Vaccination in Bombay 1874-1876 - 1874-1876
Year: 1874
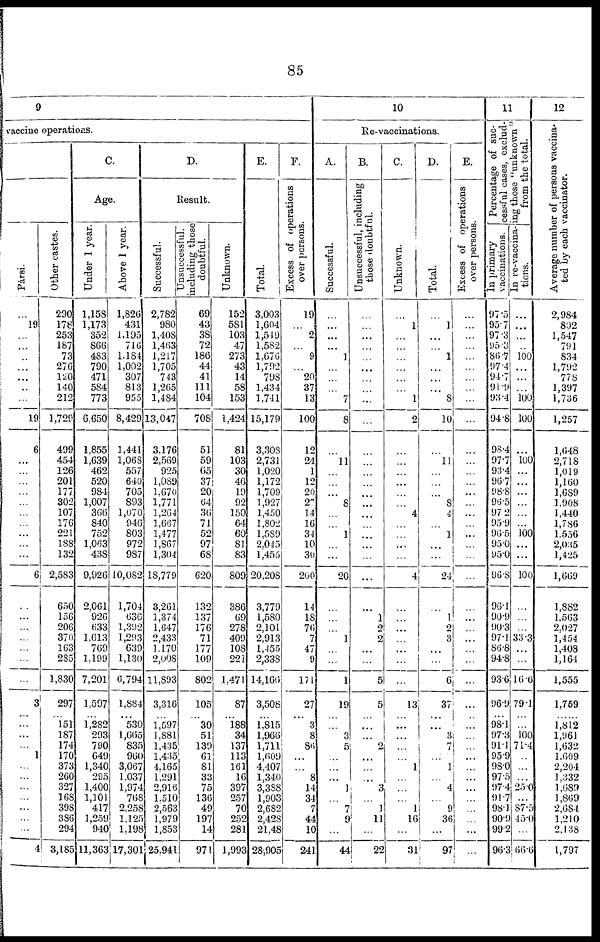
85
9
vaccine operations.
Pársi.
...
19
...
...
...
...
...
...
...
19
6
...
...
...
...
...
...
...
...
...
...
6
...
...
...
...
...
...
...
3
...
...
...
1
...
...
...
...
...
...
...
4
Other castes.
290
178
253
187
73
276
120
140
212
1,729
499
454
126
201
177
302
107
176
221
188 132
2,583
650
156
206
370
163
285
1,830
297
...
151
187
174
170
373
260
327
168
398
386
294
3,185
C.
Age.
Under 1 year.
1,158
1,173
352
866
483
790
471
584
773
6,650
1,855
1,639
462
520
984
1,007
366
840
752
1,063
438
9,926
2,061
926
633
1,613
769
1,199
7,201
1,597
...
1,282
293
790
649
1,340
295
1,400
1,101
417
1,259
940
11,363
Above 1 year.
1,826
431
1,195
716
1,184
1,002
307
813
955
8,429
1,441
1,068
557
640
705
893
1,070
946
803
972
987
10,082
1,704
636
1,392
1,293
639
1,130
6,794
1,884
...
530
1,665
835
960
3,067
1,037
1,974
768
2,258
l,125
1,191
17,301
D.
Result.
Successful.
2,782
980
1,408
1,463
1,217
1,705
743
1,265
1,484
13,047
3,176
2,569
925
1,089
1,670
1,771
1,264
1,667
1,477
1,867
1,304
18,779
3,261
1,374
1,647
2,433
1,170
2,008
11,893
3,316
...
1,597
1,881
1,435
1,433
4,165
1,291
2,916
1,510
2,563
1,979
1,853
25,941
Unsuccessful.
including those
doubtful.
69
43
38
72
186
44
41
111
104
708
51
59
65
37
20
64
36
71
52
97
68
620
132
137
176
71
177
109
802
105
...
30
51
139
61
81
33
75
136
49
197
14
971
Unknown.
152
581
103
47
273
43
14
58
153
1,424
81
103
30
46
19
92
150
64
60
81
83
809
386
69
278
409
108
227
1,471
87
...
188
34
137
113
161
16
397
257
70
252
281
1,993
E.
Total.
3,003
1,604
1,519
1,582
1,676
1,792
798
1,434
1,741
15,179
3,308
2,731
1,020
1,172
1,709
1,927
1,450
1,802
1,589
2,045
1,455
20,208
3,779
1,580
2,101
2,913
1,455
2,338
14,166
3,508
...
1,815
1,966
1,711
1,609
4,407
1,340
3,388
1,903
2,682
2,428
21,48
28,905
F.
Excess of operations
over persons.
19
...
2
...
9
...
20
37
13
100
12
24
1
12
20
27
14
16
34
10
30
200
14
18
76
7
47
9
171
27
... 3
8
86
...
...
8
14
34
7
44
10
241
10
Re-vaccinations.
A.
Successful.
...
...
...
...
1
...
...
...
7
8
...
11
...
...
...
8
...
...
1
...
...
20
...
...
...
1
...
...
1
19
...
...
3
5
...
...
... 1
...
7
9
...
44
B.
Unsuccessful, including
those doubtful.
...
...
...
...
...
...
...
...
...
...
...
...
...
...
...
...
...
...
...
...
...
...
...
1
2
2
...
...
5
5
...
...
...
2
...
...
...
3
...
1
11
...
22
C.
Unknown.
...
1
...
...
...
...
...
...
1
2
...
...
...
...
...
...
4
...
...
...
...
4
...
...
...
...
...
...
...
13
...
...
...
...
...
1
...
...
...
1
16
...
31
D.
Total.
...
1
...
... 1
...
...
...
8
10
...
11
...
...
...
8
4
...
1
...
...
24
...
1
2
3
...
...
6
37
...
...
3
7
...
1
...
4 ...
9 36
...
97
E.
Excess of operations
over persons.
...
...
...
...
...
...
...
...
...
...
...
...
...
...
...
...
...
...
...
...
...
...
...
...
...
...
...
...
...
... ...
...
...
...
...
...
...
...
...
...
...
...
11
Percentage of suc-
cessful cases, exclud-
ing those "unknown"
from the total.
In primary
vaccinations.
97.5
95.7
97.3
95.3
86.7
97.4
94.7
91.9
93.4
94.8
98.4
97.7
93.4
96.7
98.8
96.5
97.2
95.9
96.5
95.0
95.0
96.8
96.1
90.9
90.3
97.1
86.8
94.8
93.6
96.9
... 98.1
97.3
91.1
95.9
98.0
97.5
97.4
91.7
98.1
90.9
99.2
96.3
In re-vaccina¬
tions.
...
...
...
...
100
...
...
...
100
100
...
100
...
...
...
...
...
...
100
...
...
100
...
...
...
33.3
...
...
16.6
79.1
...
...
100
71.4
...
...
...
25.0
...
87.5
45.0
...
66.6
12
Average number of persons vaccina-
ted by each vaccinator.
2,984
892
1,547
791
834
1,792
778
1,397
1,736
1,257
1,648
2,718
1,019
1,160
1,689
1,908
1,440
1,786
1,556
2,035
1,425
1,669
1,882
1,563
2,027
1,454
1,408
1,164
1,555
1,769
... 1,812
1,961
1,632
1,609
2,204
1,332
1,689
1,869
2,681
1,210
2,138
1,797